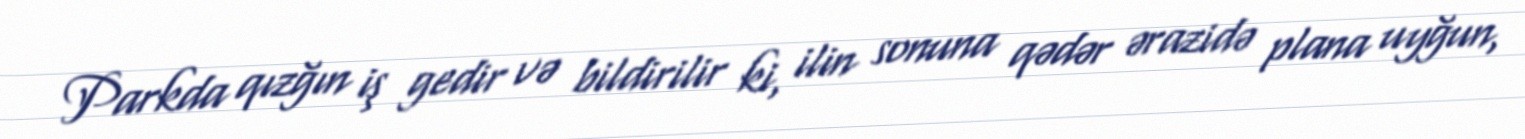
Parkda qızğın iş gedir və bildirilir ki, ilin sonuna qədər ərazidə plana uyğun,